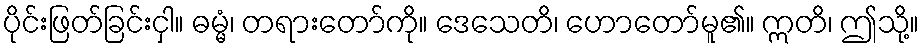
ပိုင်းဖြတ်ခြင်းငှါ။ ဓမ္မံ၊ တရားတော်ကို။ ဒေသေတိ၊ ဟောတော်မူ၏။ ဣတိ၊ ဤသို့။